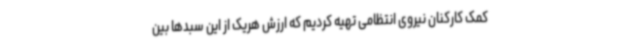
کمک کارکنان نیروی انتظامی تهیه کردیم که ارزش هریک از این سبدها بین